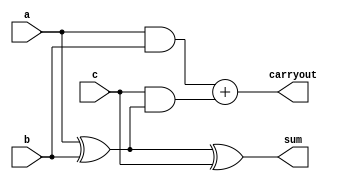
module fa_11 (
    input a,
    input b,
    input c,
    output reg sum,
    output reg carryout
  );
  
  
  
  always @* begin
    sum = a ^ b ^ c;
    carryout = (a && b) + (c && (a ^ b));
  end
endmodule